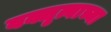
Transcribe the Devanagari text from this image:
वक्तृत्वाच्या